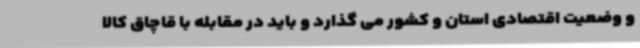
و وضعیت اقتصادی استان و کشور می گذارد و باید در مقابله با قاچاق کالا